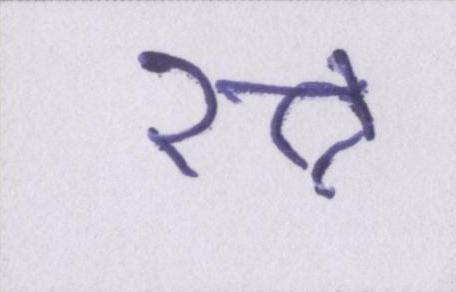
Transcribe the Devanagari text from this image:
रत्न